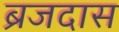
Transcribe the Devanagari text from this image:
ब्रजदास